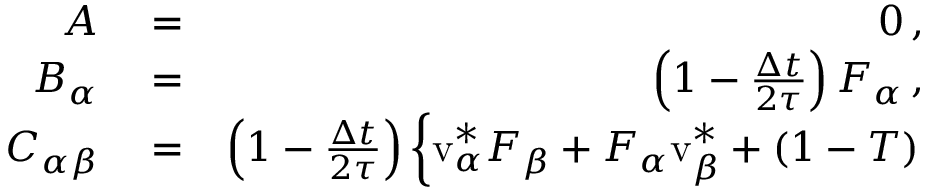
\begin{array} { r l r } { A } & { { } = } & { 0 \, , } \\ { B _ { \alpha } } & { { } = } & { \left( 1 - \frac { \Delta t } { 2 \tau } \right) F _ { \alpha } \, , } \\ { C _ { \alpha \beta } } & { { } = } & { \left( 1 - \frac { \Delta t } { 2 \tau } \right) \left\{ \mathrm { v } _ { \alpha } ^ { * } F _ { \beta } + F _ { \alpha } \mathrm { v } _ { \beta } ^ { * } + ( 1 - T ) \right. } \end{array}